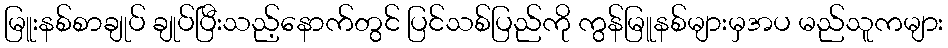
မြူးနစ်စာချုပ် ချုပ်ပြီးသည့်နောက်တွင် ပြင်သစ်ပြည်ကို ကွန်မြူနစ်များမှအပ မည်သူကများ